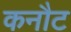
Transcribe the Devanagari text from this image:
कनौट